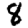
Digit: 8